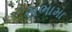
સભામા